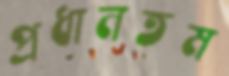
প্রধানতম